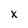
Character: x